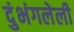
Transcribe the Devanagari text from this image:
दुंभंगलेली